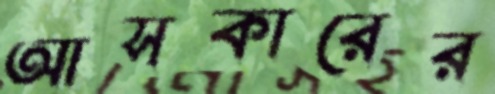
আসকারের